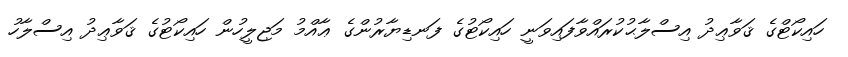
ހައިކޯޓްގެ ޤަވާޢިދު އިސްލާޙުކުރައްވާފައިވަނީ ހައިކޯޓުގެ ފަނޑިޔާރުންގެ ޢާއްމު މަޖިލީހުން ހައިކޯޓުގެ ޤަވާޢިދު އިސްލާހު